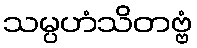
သမ္ပဟံသိတဗ္ဗံ